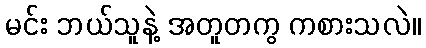
မင်း ဘယ်သူနဲ့ အတူတကွ ကစားသလဲ။